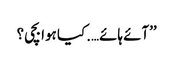
’’آئے ہائے….کیا ہوا بچی؟